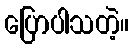
ပြောပါသတဲ့။